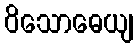
ဝိသောဓေယျ